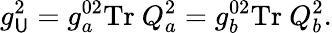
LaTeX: g_{\mathsf{U}}^{2}=g_{a}^{02}\mathrm{{Tr}}~Q_{a}^{2}=g_{b}^{02}\mathrm{{Tr}}~Q_{b}^{2}.